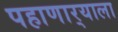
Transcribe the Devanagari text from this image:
पहाणार्‍याला